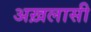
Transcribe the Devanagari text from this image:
अख़लासी